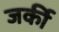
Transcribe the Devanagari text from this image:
जर्की